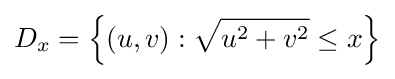
D_{x}=\left\{(u,v):{\sqrt {u^{2}+v^{2}}}\leq x\right\}